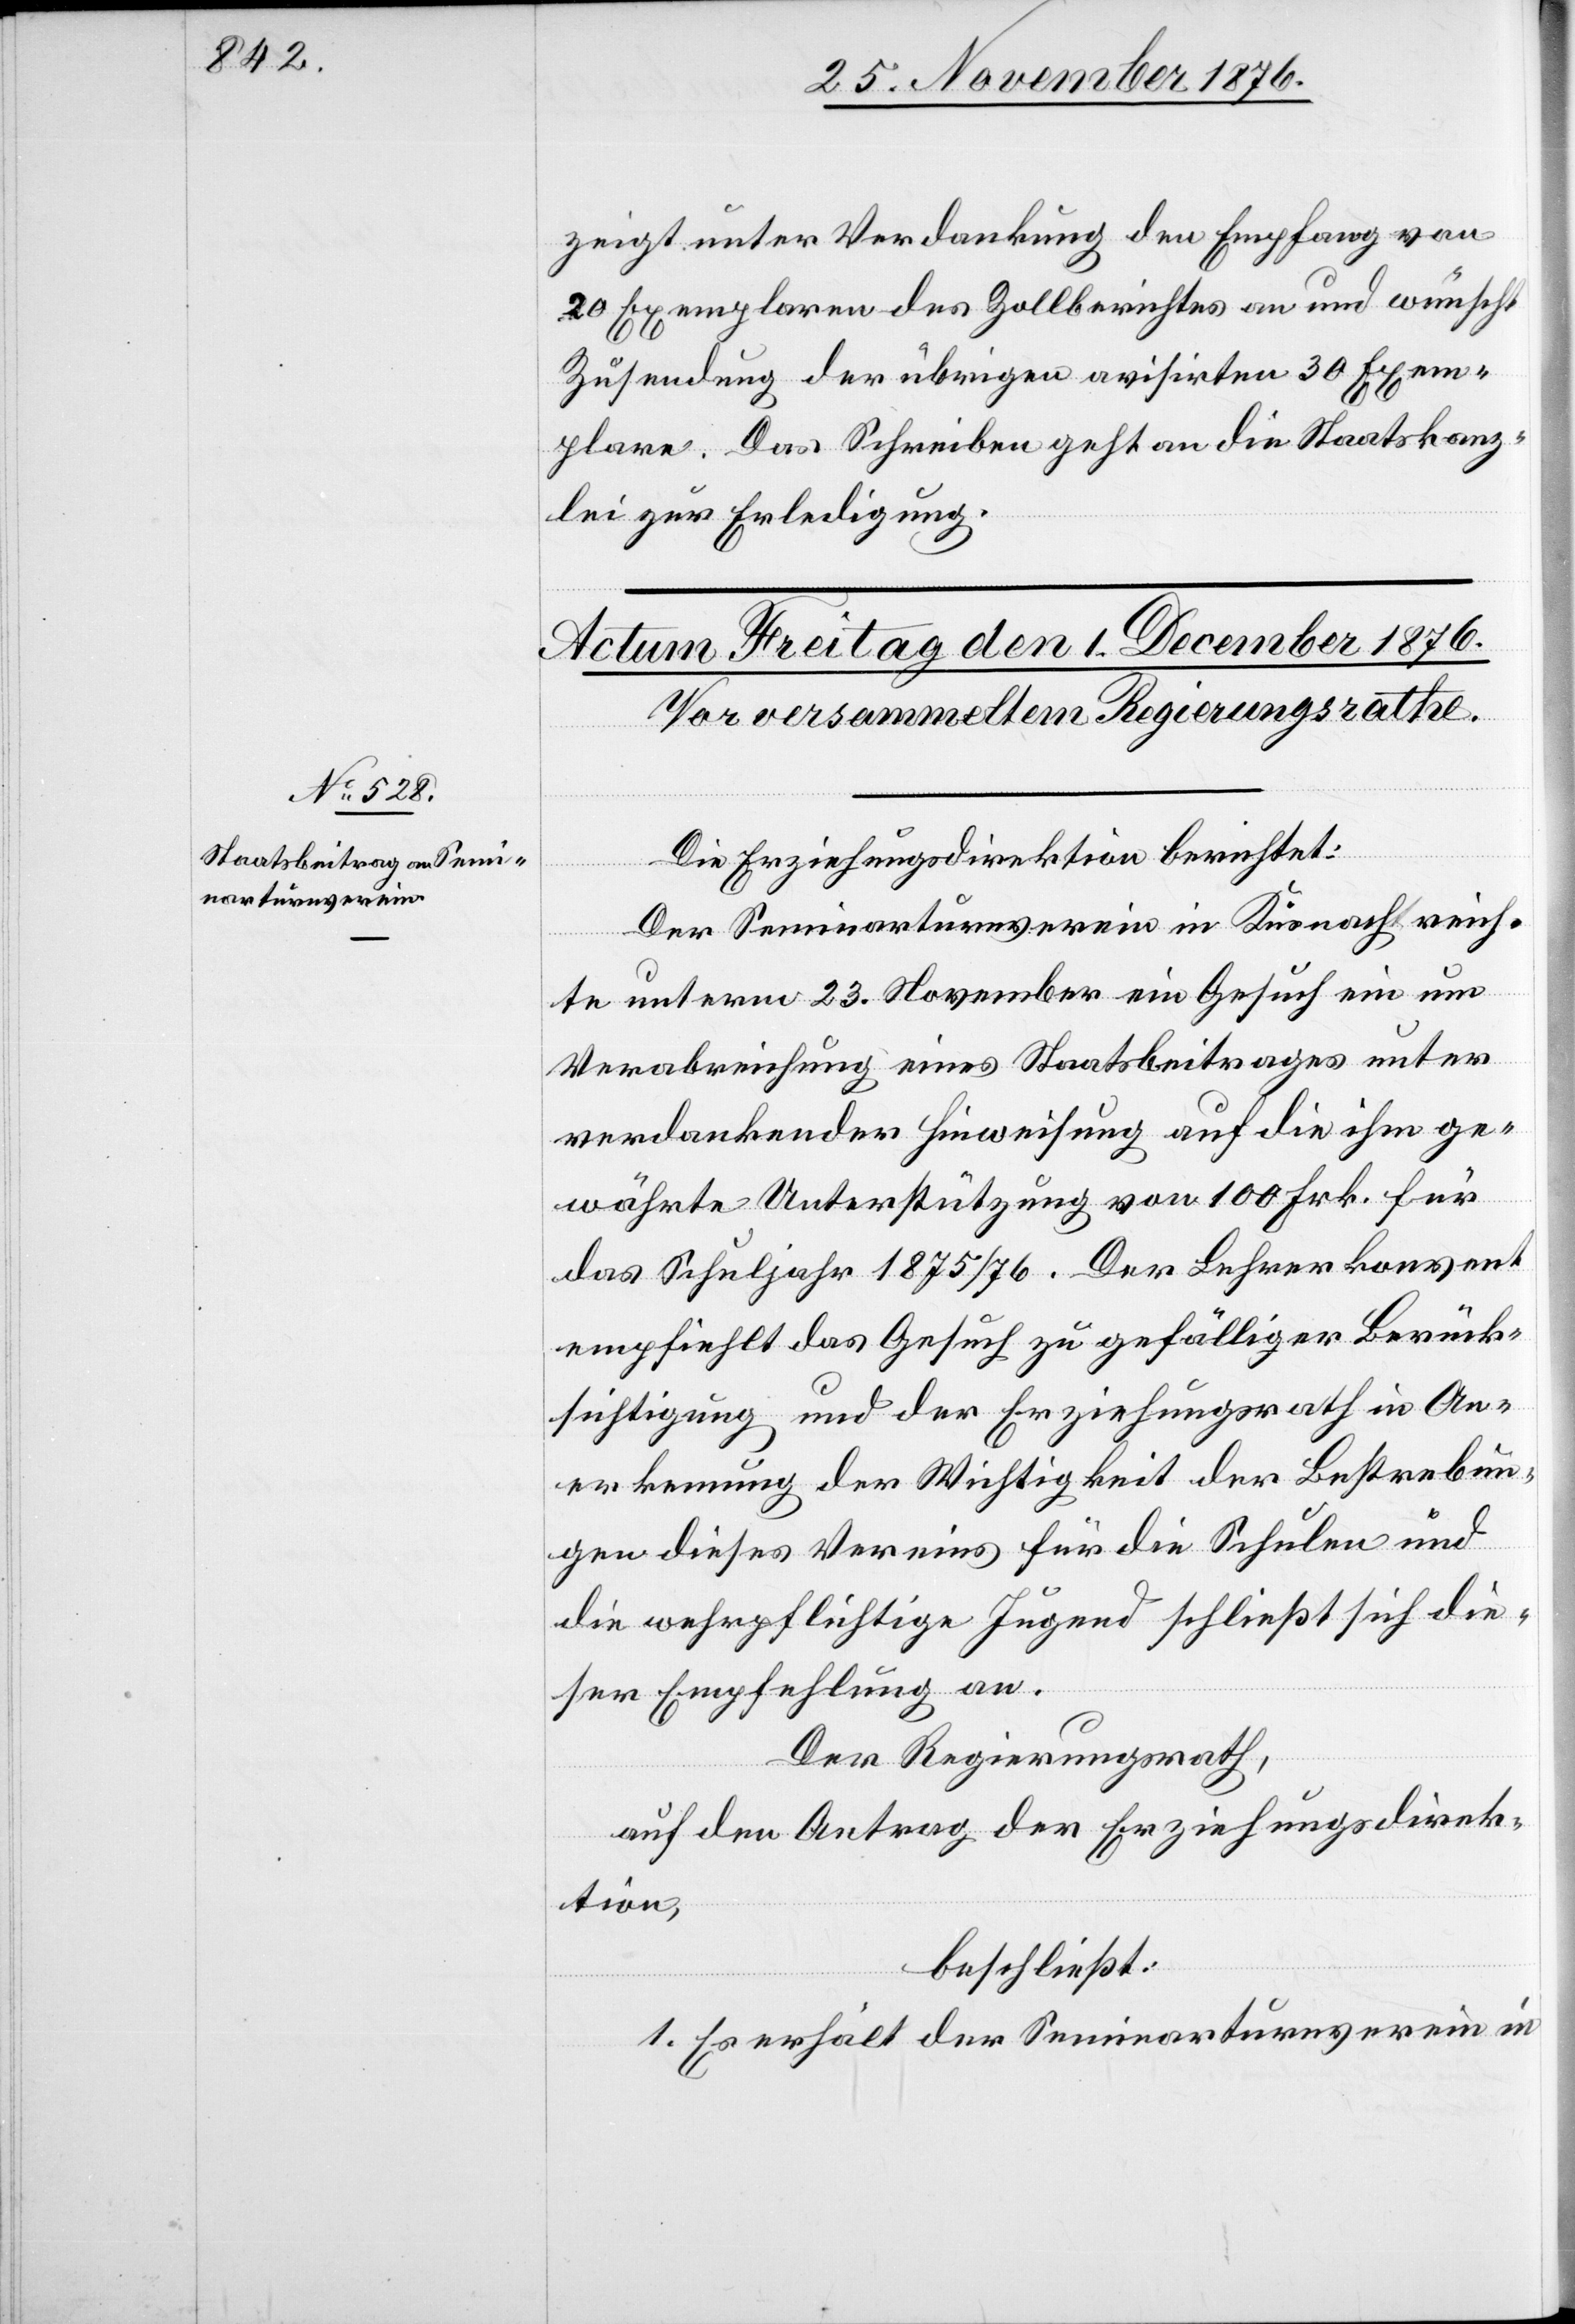
zeigt unter Verdankung den Empfang von
20 Exemplaren des Zollberichtes an und wünscht
Zusendung der übrigen avisirten 30 Exem¬
plare. Das Schreiben geht an die Staatskanz¬
lei zur Erledigung.
Die Erziehungsdirektion berichtet:
Der Seminarturnverein in Küsnacht reich¬
te unter 23. November ein Gesuch ein um
Verabreichung eines Staatsbeitrages unter
verdankender Hinweisung auf die ihm ge¬
währte Unterstützung von 100 Frk. für
das Schuljahr 1875/76. Der Lehrerkonvent
empfiehlt das Gesuch zu gefälliger Berück¬
sichtigung und der Erziehungsrath in An¬
erkennung der Wichtigkeit der Bestrebun¬
gen dieses Vereins für die Schulen und
die wehrpflichtige Jugend schließt sich die¬
ser Empfehlung an.
Der Regierungsrath,
auf den Antrag der Erziehungsdirek¬
tion,
beschließt:
1. Es erhält der Seminarturnverein in